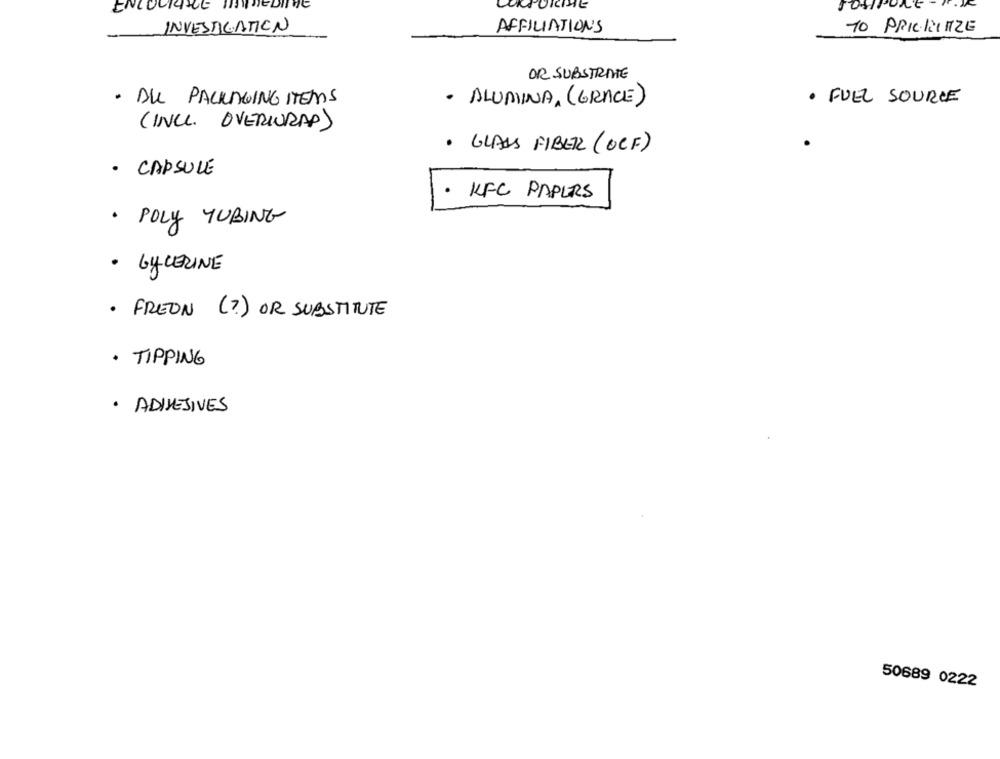
ENCOURAGE
SOSPO
INVESTIGATION
AFFILIATIONS
TO PRIORITIZE
OR SUBSTRATE
· FUEL SOURCE
· DU PACKAGING ITEMS
· ALUMINA, (GRACE)
(INCL. OVERWRAP)
· GLASS FIBER (OCF)
· CAPSULE
.
KFC PAPERS
. POLY TUBING
· GYLERINE
· FREON (?) OR SUBSTITUTE
. TIPPING
· ADIJEJIVES
50689 0222